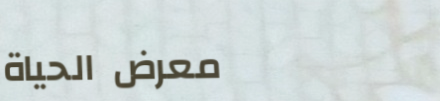
معرض الحياة